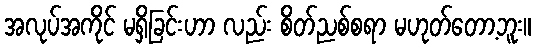
အလုပ်အကိုင် မရှိခြင်းဟာ လည်း စိတ်ညစ်စရာ မဟုတ်တော့ဘူး။